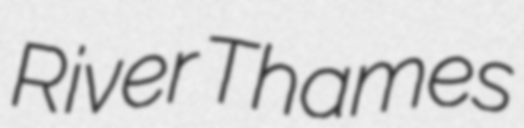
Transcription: River Thames